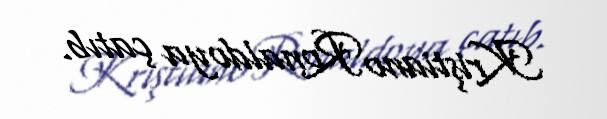
Kriştiano Ronaldoya çatıb.